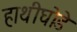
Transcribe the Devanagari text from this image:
हाथीघोडे